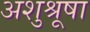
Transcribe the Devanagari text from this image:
अशुश्रूषा